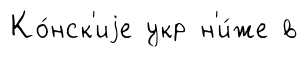
Ко́нск'иjе укр н'и́же в